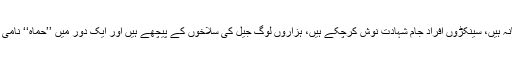
چنانچہ شام کے دینی حلقوں بالخصوص اہل سنت حافظ الاسد کی نظر عتاب کا مدت سے نشانہ ہیں، سینکڑوں افراد جام شہادت نوش کرچکے ہیں، ہزاروں لوگ جیل کی سلاخوں کے پیچھے ہیں اور ایک دور میں ’’حماہ‘‘ نامی بستی مذہبی حلقوں کا مرکز ہونے کے جرم میں بلڈوزروں کے ساتھ مسمار کی جاچکی ہے۔